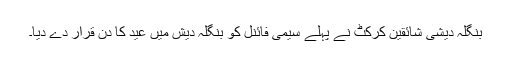
بنگلہ دیشی شائقین کرکٹ نے پہلے سیمی فائنل کو بنگلہ دیش میں عید کا دن قرار دے دیا۔